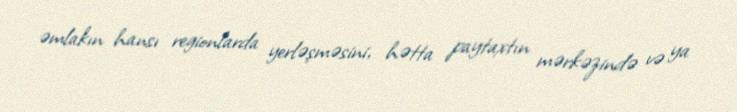
əmlakın hansı regionlarda yerləşməsini, hətta paytaxtın mərkəzində və ya